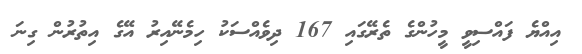
އިއްޔެ ފައްސިވީ މީހުންގެ ތެރޭގައި 167 ދިވެއްސަކު ހިމެނޭއިރު އޭގެ އިތުރުން ގިނަ